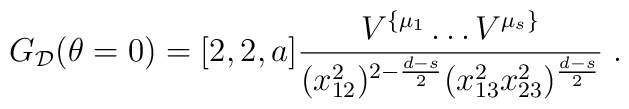
G_{ {\cal D}}(\theta=0) = [2, 2, a] \frac{V^{\{\mu_1}\ldots V^{\mu_s\}}}{(x_{12}^2)^{2-\frac{  d-s}{2}}  (x_{13}^2x_{23}^2)^\frac{  d-s}{2}}\;.